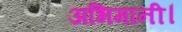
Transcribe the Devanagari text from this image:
अभिमानी।